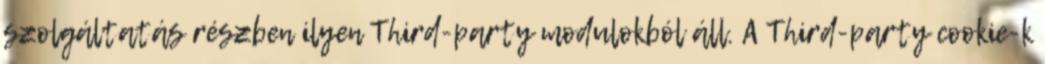
szolgáltatás részben ilyen Third-party modulokból áll. A Third-party cookie-k